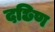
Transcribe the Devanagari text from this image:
दछिण